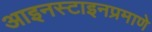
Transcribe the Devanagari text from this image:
आइनस्टाइनप्रमाणे